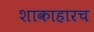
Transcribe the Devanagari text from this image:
शाकाहारच